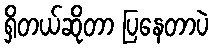
ရှိတယ်ဆိုတာ ပြနေတာပဲ